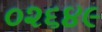
૦૨૬૪૯